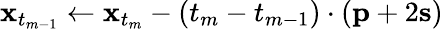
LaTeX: \mathbf{x}_{t_{m-1}}\gets\mathbf{x}_{t_{m}}-(t_{m}-t_{m-1})\cdot(\mathbf{p}+2\mathbf{s})